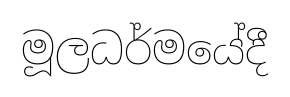
මූලධර්මයේදී